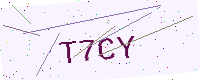
Text: T7CY